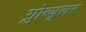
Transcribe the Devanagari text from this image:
ग्लोब्यूलर